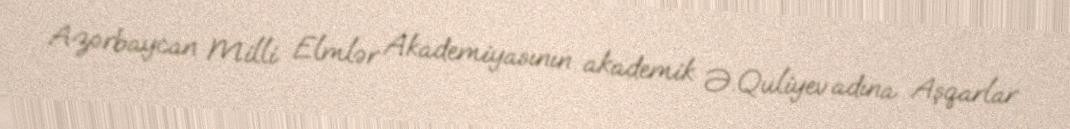
Azərbaycan Milli Elmlər Akademiyasının akademik Ə.Quliyev adına Aşqarlar